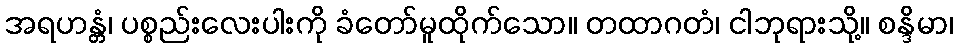
အရဟန္တံ၊ ပစ္စည်းလေးပါးကို ခံတော်မူထိုက်သော။ တထာဂတံ၊ ငါဘုရားသို့။ စန္ဒိမာ၊